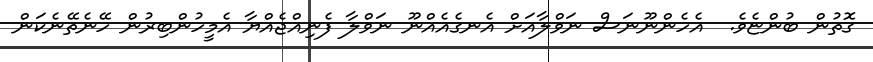
ގޮތުން ބުންޏެވެ.  އެހެންނޫނަސް ނަވްލާއަށް އެނގެއެއްނޫ ނަވްލާ ފެނިއްޖެއްޔާ އެމީހުންބިރުން ހޭނެތޭނެކަން